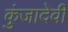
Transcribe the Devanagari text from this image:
कुंजादेवी